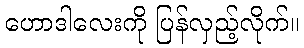
ဟောဒါလေးကို ပြန်လှည့်လိုက်။